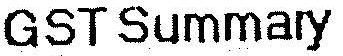
GST SUMMARY